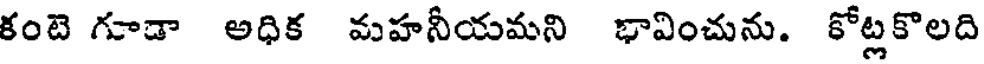
కంటె గూడా అధిక మహనీయమని భావించును. కోట్లకొలది